Tallinna_kinnistusamet, lk 15
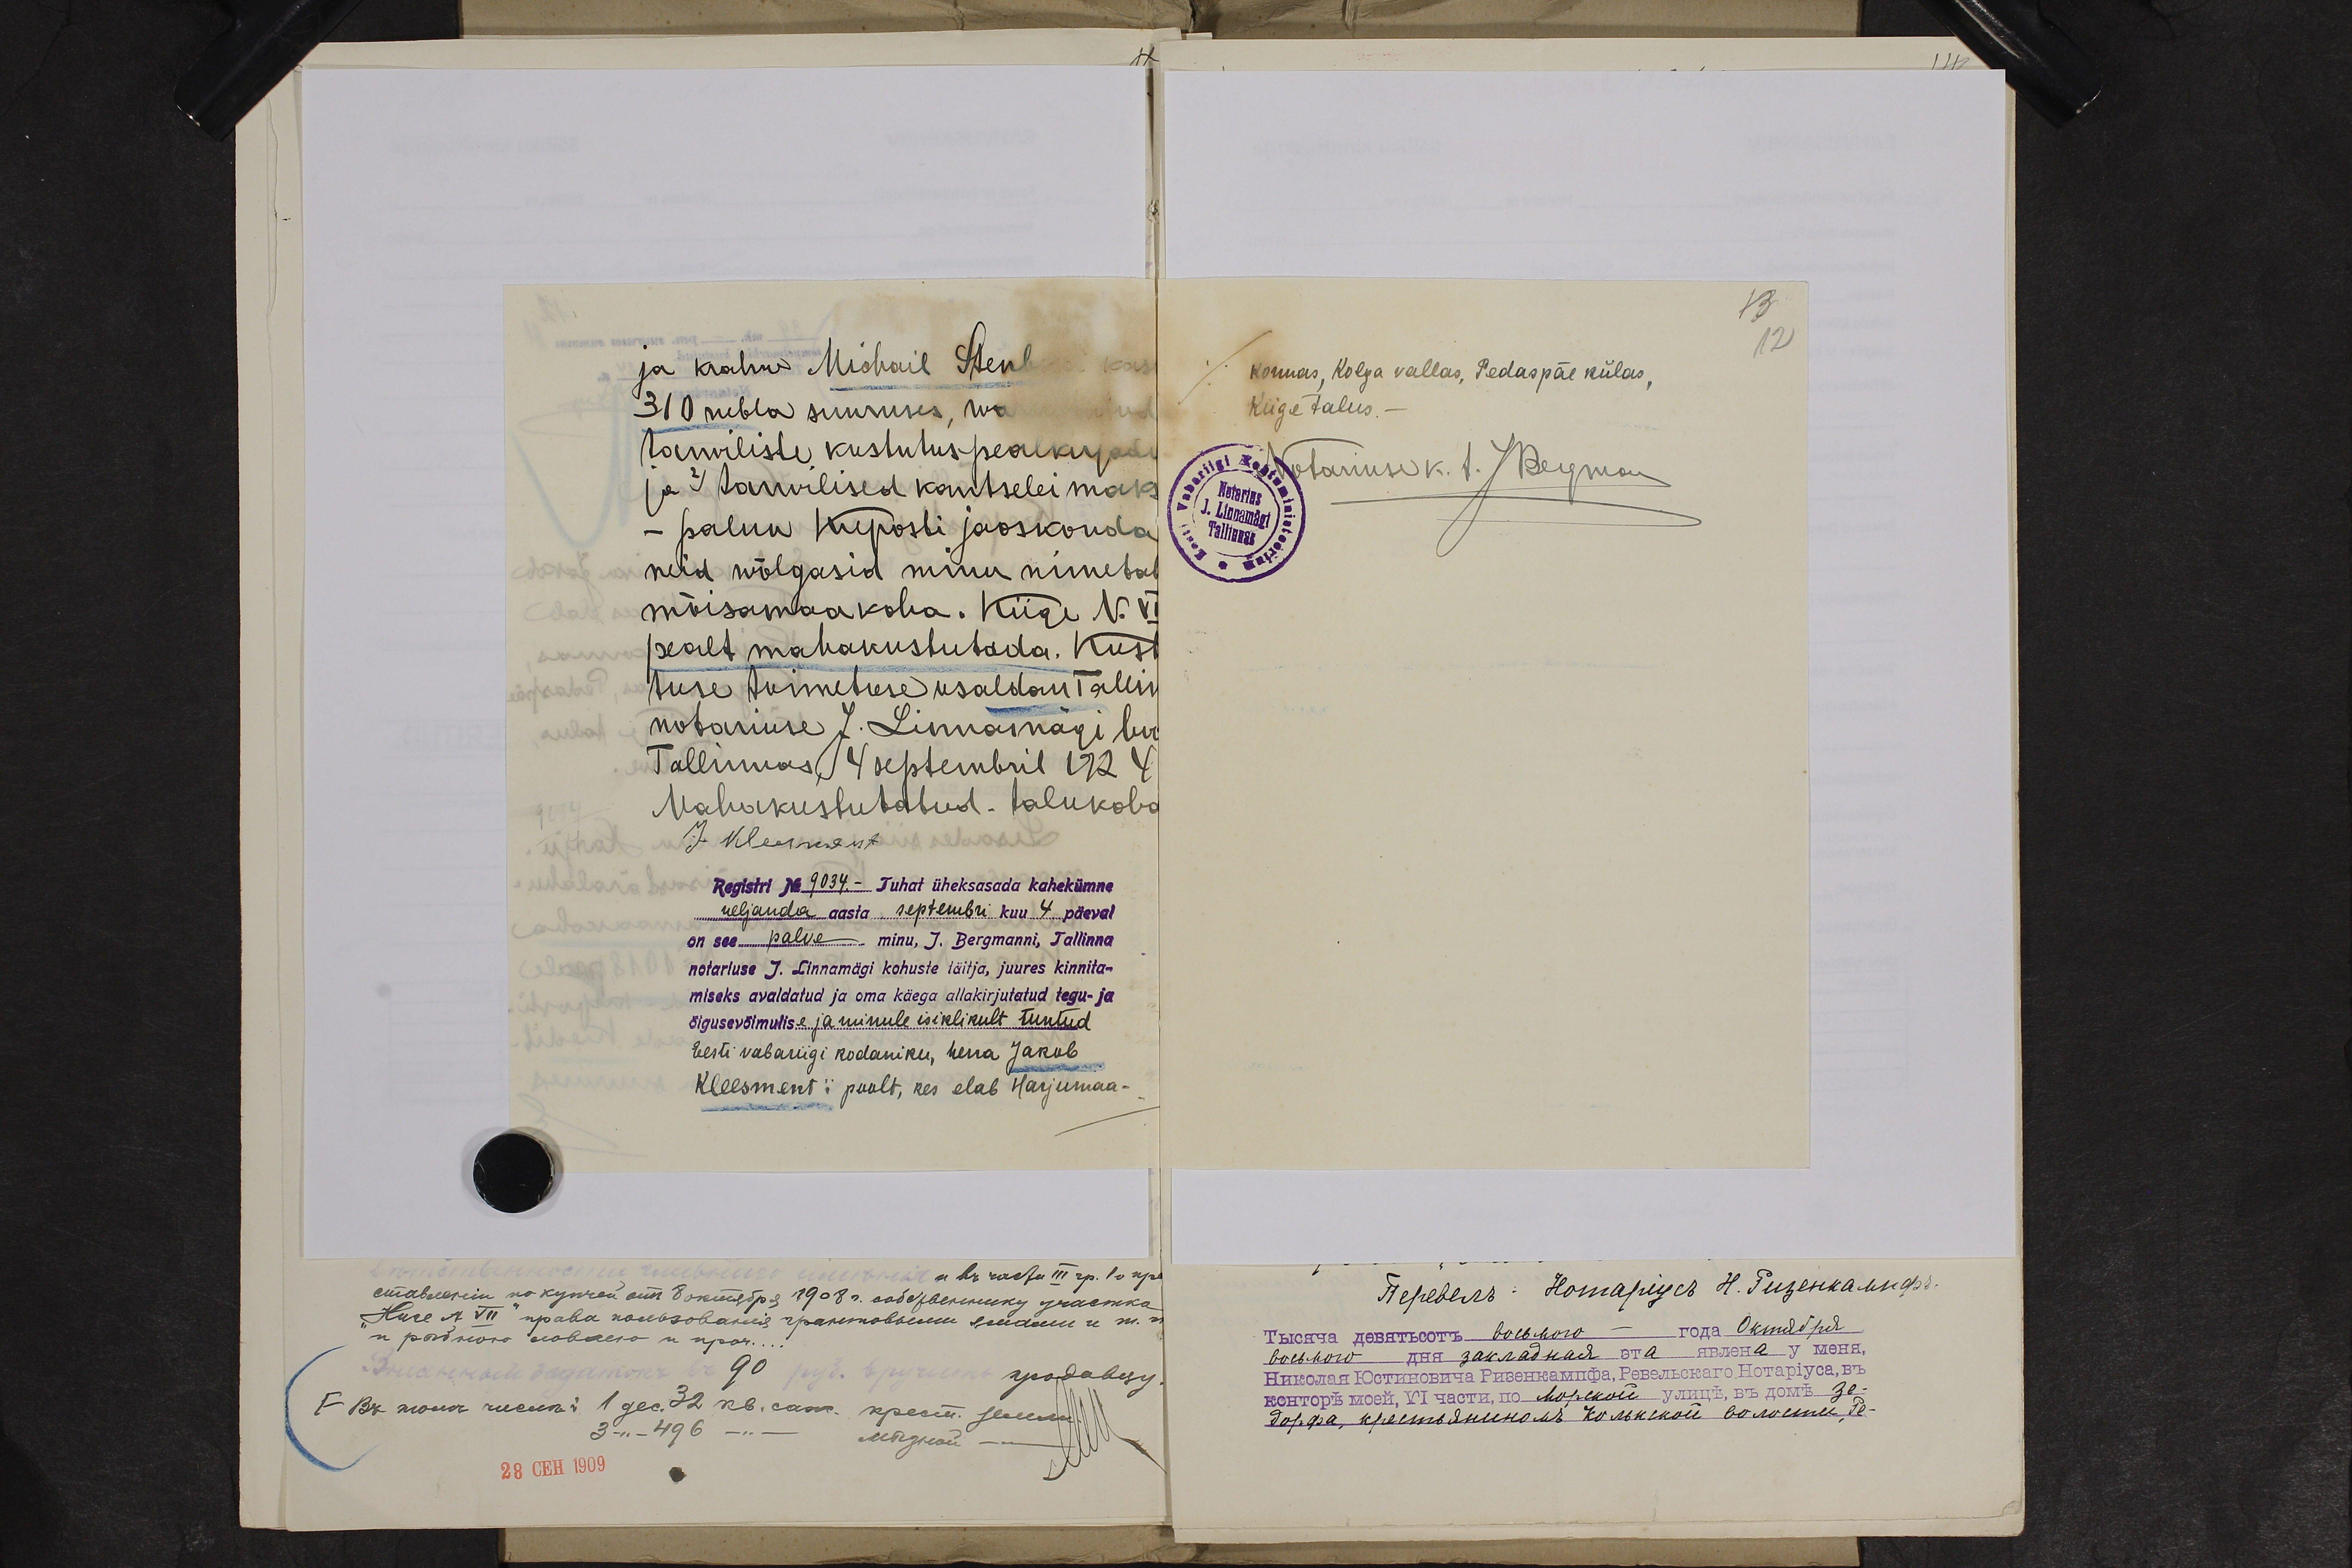
ja krahw Michail Stenb
310 rubla suuruses, wa
tarwiliste kustutus pealkirjade
ja 2) tarwilised kantselei maks
- palun Kreposti jaoskonda
neid wõlgasid minu nimetat
mõisamaa koha. Kiige N. VI
pealt mahakustutada. Kust
tuse toimetuse usaldan Tallin
notariuse J. Linnamägi lu-
Tallinnas  4 septembril 1924
Mahakustutatud - talukoha
J. Kleerment
Registri No 9034.- Tuhat üheksasada kahekümne
neljanda aasta septembri kuu 4 päeval
on see palve minu, J. Bergmanni, Tallinna
notariuse J. Linnamägi kohuste täitja, juures kinnita-
miseks avaldatud ja oma käega allakirjutatud tegu- ja
õigusevõimulise ja minule isiklikult tuntud
Eesti vabariigi kodaniku, herra Jakob
Kleesment'i poolt, kes elab Harjumaa-

13
12
konnas, Kolga vallas, Pedaspäe külas,
Kiige talus.
Notariuse k. t. JBergman